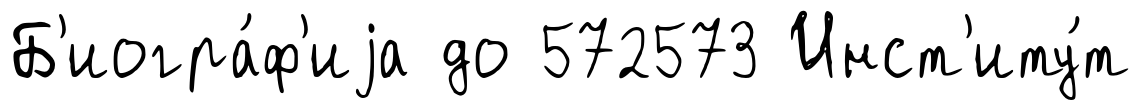
Б'иогра́ф'иjа до 572573 Инст'иту́т